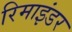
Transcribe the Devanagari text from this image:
रिमाइंडर